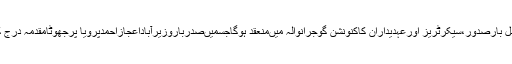
اس سلسلہ میںہفتہ 14مئی پانچ ڈویژنل بارصدور،سیکرٹریز اورعہدیداران کاکنونشن گوجرانوالہ میںمنعقد ہوگاجسمیںصدرباروزیرآباداعجازاحمدپرویا پرجھوٹامقدمہ درج کروانے پرشدیداحتجاج کیا جا ئے گا۔